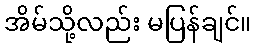
အိမ်သို့လည်း မပြန်ချင်။